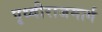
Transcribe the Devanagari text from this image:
पृथ्वीराजमार्ग